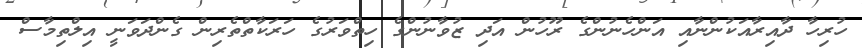
ހުރިހާ ދާއިރާއަކުންނާއި އަންހެނުންގެ ރޫހުން އަދި ޒުވާނުންގެ ހިތްވަރުގެ ހަރަކާތްތެރިން ގެންދަވަނީ އިލްތިމާސް